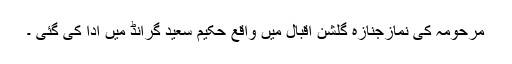
مرحومہ کی نمازجنازہ گلشن اقبال میں واقع حکیم سعید گرانڈ میں ادا کی گئی ۔